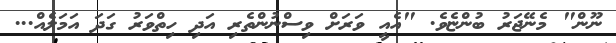
ނޫން" މެނޭޖަރު ބުންޏެވެ. "އެއީ ވަރަށް ވިސްނުންތެރި އަދި ހިތްވަރު ގަދަ އަމަލެއް...